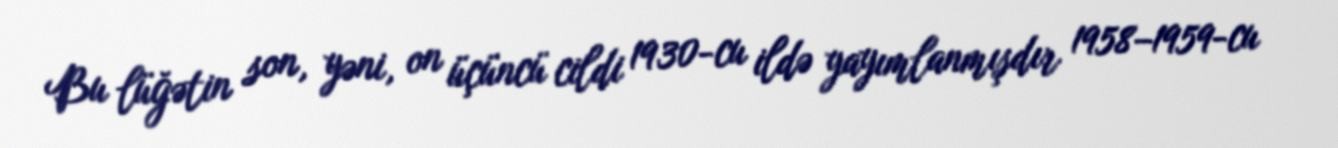
Bu lüğətin son, yəni, on üçüncü cildi 1930-cu ildə yayımlanmışdır 1958–1959-cu